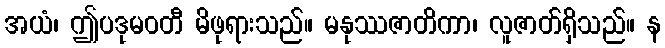
အယံ၊ ဤပဒုမဝတီ မိဖုရားသည်။ မနုဿဇာတိကာ၊ လူဇာတ်ရှိသည်။ န